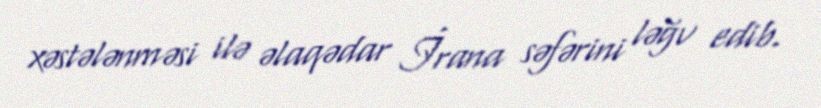
xəstələnməsi ilə əlaqədar İrana səfərini ləğv edib.